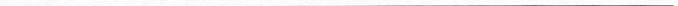
___